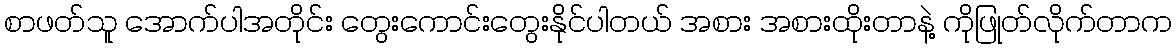
စာဖတ်သူ အောက်ပါအတိုင်း တွေးကောင်းတွေးနိုင်ပါတယ် အစား အစားထိုးတာနဲ့ ကိုဖြုတ်လိုက်တာက